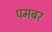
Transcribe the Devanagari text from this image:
पमबर